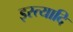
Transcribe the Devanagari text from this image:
इस्त्यादि